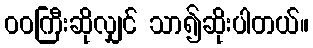
ဝဝကြီးဆိုလျှင် သာ၍ဆိုးပါတယ်။